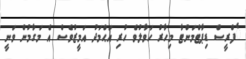
ެފްރީސް ޑިޕާޓްމަންޓާ މިހާރު ހަވާލުވެ ހުރި އަޙްމަދު އަމީޒުވެސް އެ މަގާމުން ވަނީ